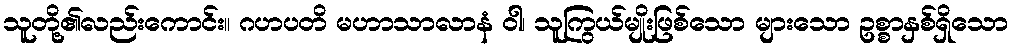
သူတို့၏လည်းကောင်း။ ဂဟပတိ မဟာသာလာနံ ဝါ၊ သူကြွယ်မျိုးဖြစ်သော များသော ဥစ္စာနှစ်ရှိသော